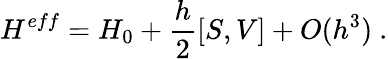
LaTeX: H^{eff}=H_{0}+\frac{h}{2}[S,V]+O(h^{3})\ .